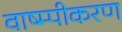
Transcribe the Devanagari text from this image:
वाष्म्पीकरण